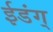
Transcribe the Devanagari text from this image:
ईडंग्